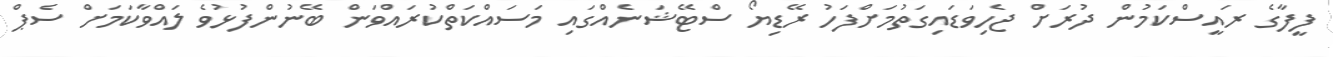
ފީފާގެ ރައީސްކަމުން ދުރަށް ޖެހިވަޑައިގަތުމަށްފަހު ރޭޑިޔޯ ސްޓޭޝަނެއްގައި މަސައްކަތްކުރައްވަން ބޭނުންފުޅުވެ ލައްވާކަމަށް ސެޕް